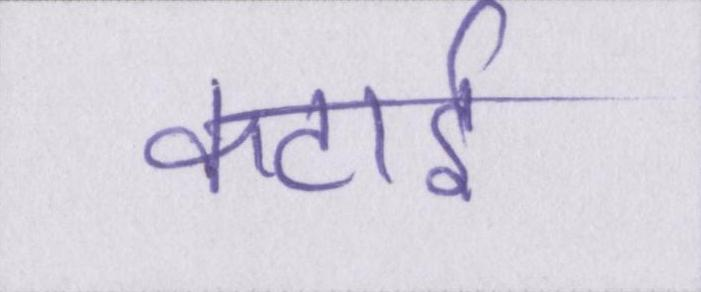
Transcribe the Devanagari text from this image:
कटाई